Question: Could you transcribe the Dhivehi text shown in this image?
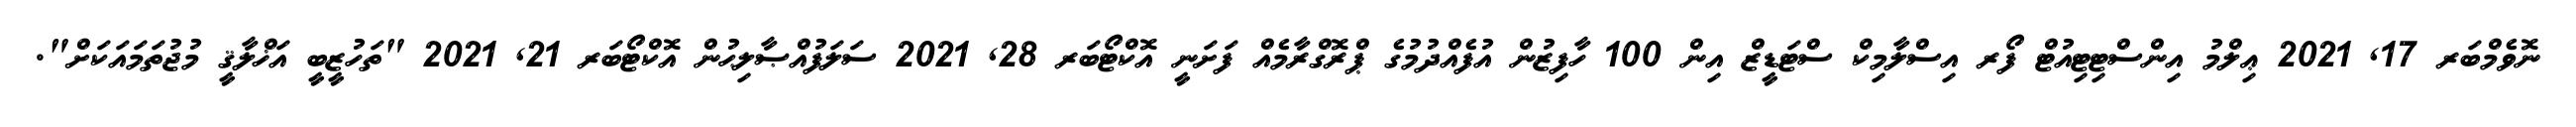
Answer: ނޮވެމްބަރ 17, 2021 ޢިލްމު އިންސްޓިޓިއުޓް ފޯރ އިސްލާމިކް ސްޓަޑީޒް އިން 100 ހާފިޒުން އުފެއްދުމުގެ ޕްރޮގްރާމެއް ފަށަނީ އޮކްޓޯބަރ 28, 2021 ސަލަފުއްޞާލިޙުން އޮކްޓޯބަރ 21, 2021 "ތަހުޒީބީ އަޚްލާޤީ މުޖުތަމައަކަށް".